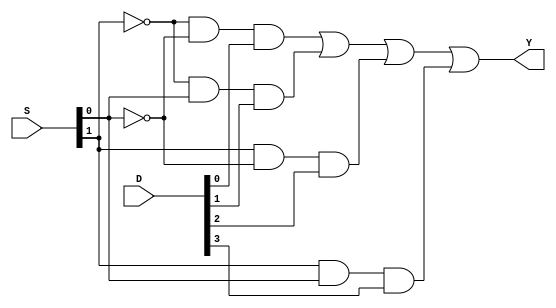
`timescale 1ns / 1ps
//////////////////////////////////////////////////////////////////////////////////
// Company: 
// Engineer: 
// 
// Design Name: 
// Module Name:    B130_structural_4_to_1 
// Project Name: 
// Target Devices: 
// Tool versions: 
// Description: 
//
// Dependencies: 
//
// Revision: 
// Revision 0.01 - File Created
// Additional Comments: 
//
//////////////////////////////////////////////////////////////////////////////////
module dataflow_4_to_1(
    input [1:0] S,
    input [3:0] D,
    output Y
    );
													// functional descript
													// 4 to 1 MUX
assign Y = (~S[1] & ~S[0] & D[0]) |		// note use of white space to keep alignment
           (~S[1] &  S[0] & D[1]) |		// easier to read this way
           ( S[1] & ~S[0] & D[2]) |
           ( S[1] &  S[0] & D[3]) ;


endmodule